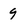
Character: 9